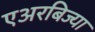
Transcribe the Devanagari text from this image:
एअरबिज्या